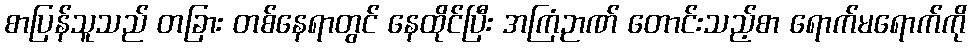
စာပြန်သူသည် တခြား တစ်နေရာတွင် နေထိုင်ပြီး အကြံဉာဏ် တောင်းသည့်စာ ရောက်မရောက်ကို